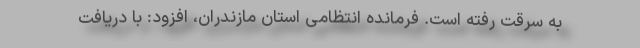
به سرقت رفته است. فرمانده انتظامی استان مازندران، افزود: با دریافت